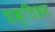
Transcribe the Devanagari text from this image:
शक्तिभ्रम